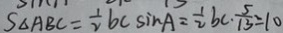
S _ { \Delta A B C } = \frac { 1 } { 2 } b c \sin A = \frac { 1 } { 2 } b c \cdot \frac { 5 } { 1 3 } = 1 0